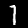
Label: 7